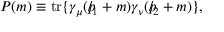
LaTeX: P ( m ) \equiv \mathrm { t r } \{ \gamma _ { \mu } ( { p \! \! \! \slash } _ { 1 } + m ) \gamma _ { \nu } ( { p \! \! \! \slash } _ { 2 } + m ) \} ,